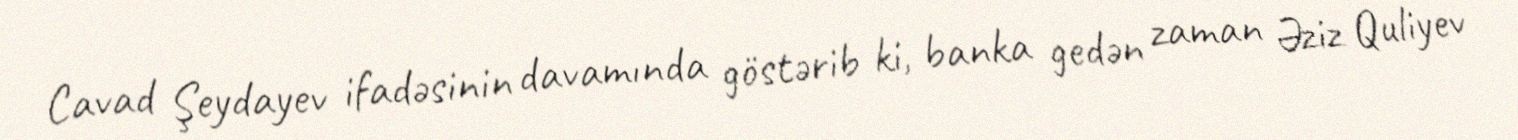
Cavad Şeydayev ifadəsinin davamında göstərib ki, banka gedən zaman Əziz Quliyev